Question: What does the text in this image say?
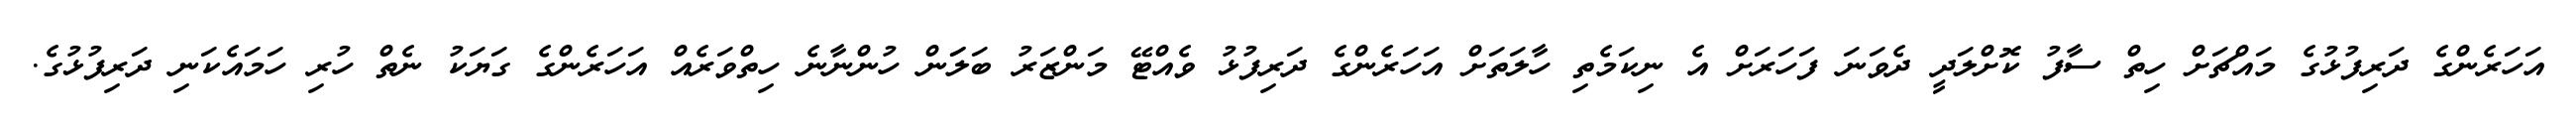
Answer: އަހަރެންގެ ދަރިފުޅުގެ މައްޗަށް ހިތް ސާފު ކޮށްލަދީ ދެވަނަ ފަހަރަށް އެ ނިކަމެތި ހާލަތަށް އަހަރެންގެ ދަރިފުޅު ވެއްޓޭ މަންޒަރު ބަލަަން ހުންނާނެ ހިތްވަރެއް އަހަރެންގެ ގަޔަކު ނެތް ހުރި ހަމައެކަނި ދަރިފުޅުގެ.